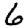
Digit: 6